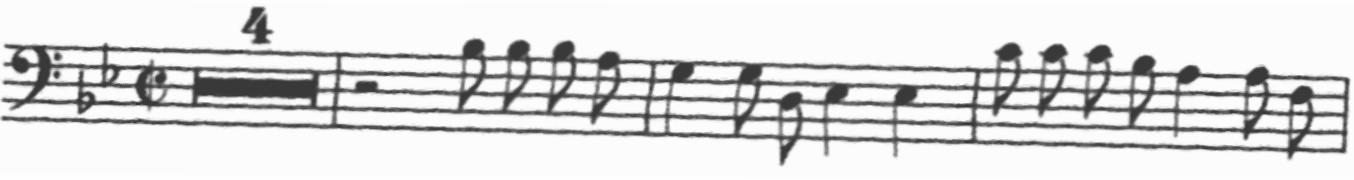
Transcription: clef-F4 keySignature-BbM timeSignature-C/ multirest-4 barline rest-half note-Bb3_eighth note-Bb3_eighth note-Bb3_eighth note-A3_eighth barline note-G3_quarter note-G3_eighth note-D3_eighth note-Eb3_quarter note-Eb3_quarter barline note-C4_eighth note-C4_eighth note-C4_eighth note-Bb3_eighth note-A3_quarter note-A3_eighth note-F3_eighth barline